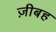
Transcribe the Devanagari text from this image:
ज़ीबह